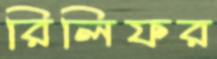
রিলিফর